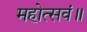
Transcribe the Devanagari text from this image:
महोत्सवं॥